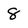
Character: 8